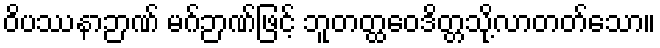
ဝိပဿနာဉာဏ် မဂ်ဉာဏ်ဖြင့် ဘူတတ္ထဝေဒိတ္တသို့လာတတ်သော။